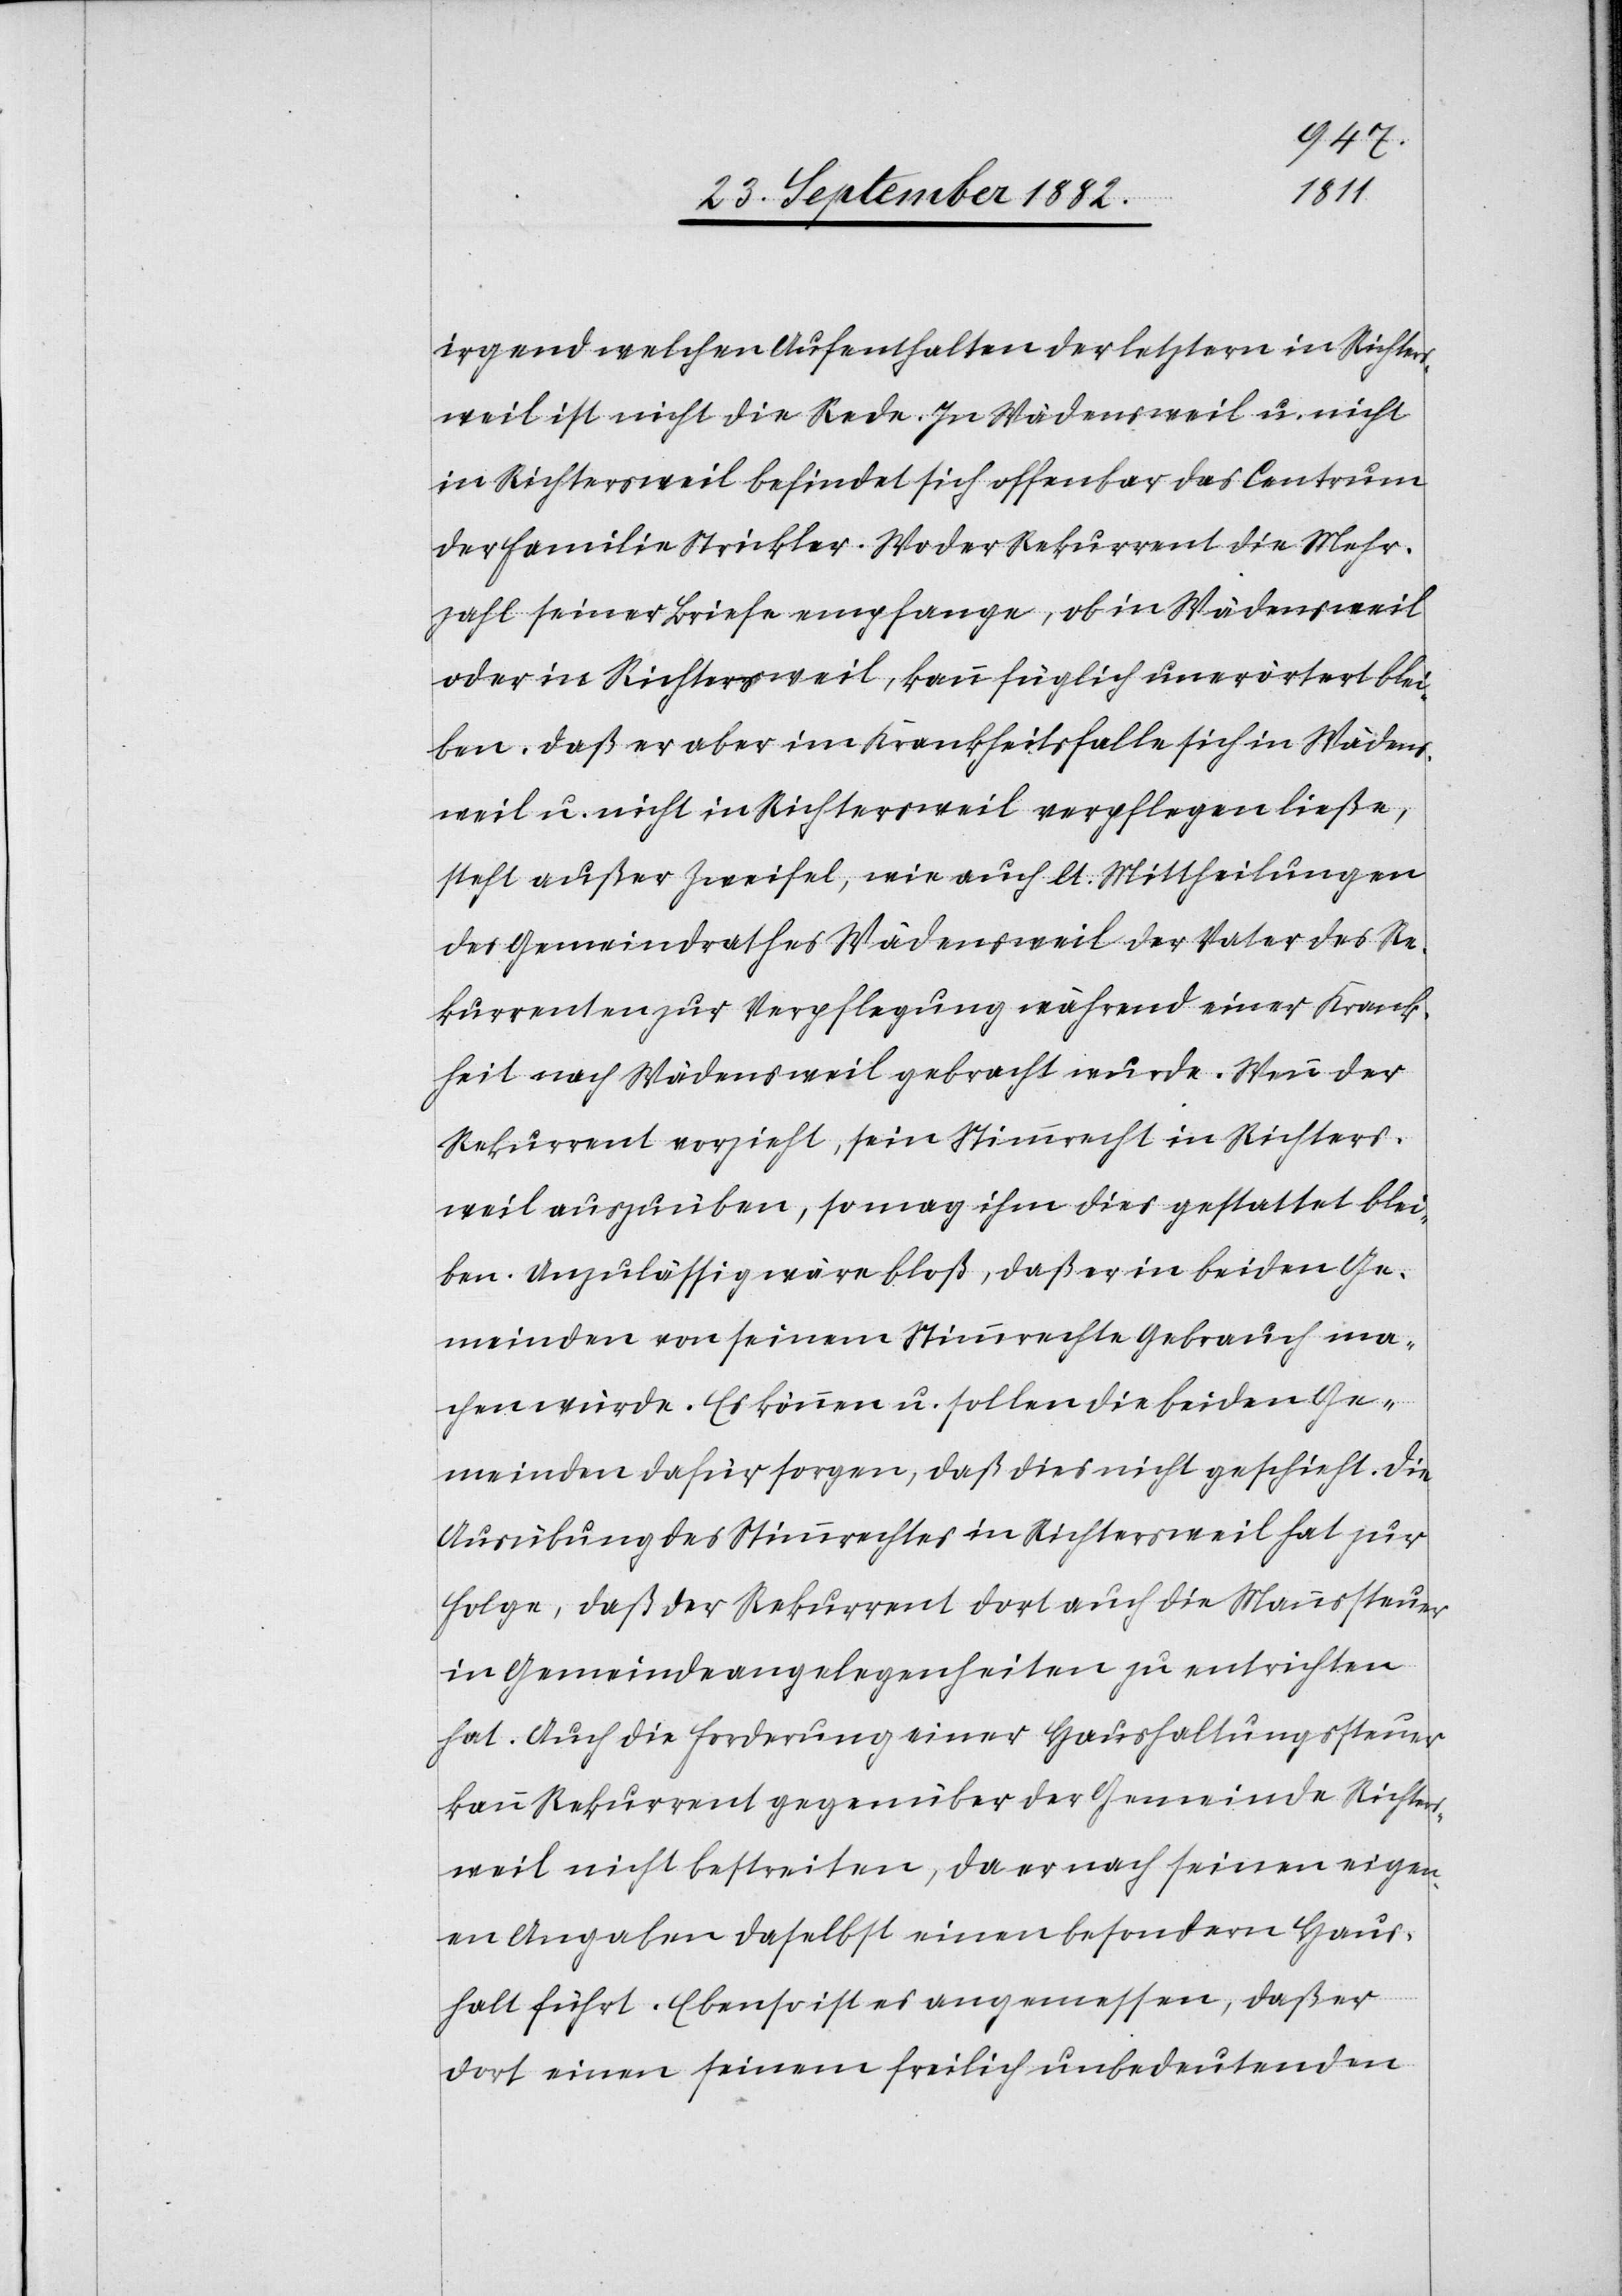
irgend welchen Aufenthalten der letztern in Richters¬
weil ist nicht die Rede. In Wädensweil u. nicht
in Richtersweil befindet sich offenbar das Centrum
der Familie Strickler. Wo der Rekurrent die Mehr¬
zahl seiner Briefe empfange, ob in Wädensweil
oder in Richtersweil, kann füglich unerörtert blei¬
ben. Daß er aber im Krankheitsfalle sich in Wädens¬
weil u. nicht in Richtersweil verpflegen ließe,
steht außer Zweifel, wie auch lt. Mittheilungen
des Gemeindrathes Wädensweil der Vater des Re¬
kurrenten zur Verpflegung während einer Krank¬
heit nach Wädensweil gebracht wurde. Wenn der
Rekurrent vorzieht, sein Stimmrecht in Richters¬
weil auszuüben, so mag ihm dies gestattet blei¬
ben. Unzulässig wäre bloß, daß er in beiden Ge¬
meinden von seinem Stimmrechte Gebrauch ma¬
chen würde. Es können u. sollen die beiden Ge¬
meinde dafür sorgen, daß dies nicht geschieht. Die
Ausübung des Stimmrechtes in Richtersweil hat zur
Folge, daß der Rekurrent dort auch die Mannssteuer
in Gemeindeangelegenheiten zu entrichten
hat. Auch die Forderung einer Haushaltungssteuer
kann Rekurrent gegenüber der Gemeinde Richters¬
weil nicht bestreiten, da er nach seinen eigen¬
en Angaben daselbst einen besondern Haus¬
halt führt. Ebenso ist es angemessen, daß er
dort einen seinem freilich unbedeutenden